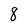
Character: 8